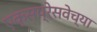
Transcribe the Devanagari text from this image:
एक्सप्रेसवेच्या